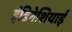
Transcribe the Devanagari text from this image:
इंडिनेशियाई